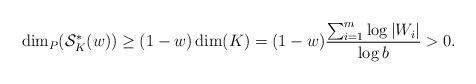
LaTeX: \begin{align*} \dim_P(\mathcal{S}_K^{\ast}(w))\geq (1-w)\dim(K)=(1-w)\frac{\sum_{i=1}^{m} \log |W_i|}{\log b}>0. \end{align*}